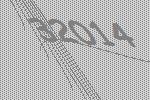
32014